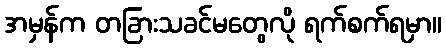
အမှန်က တခြားသခင်မတွေလို ရက်စက်ရမှာ။